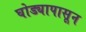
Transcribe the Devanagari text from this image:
घोड्यापासून